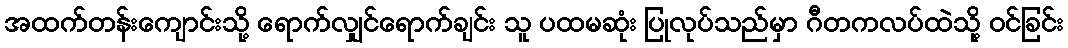
အထက်တန်းကျောင်းသို့ ရောက်လျှင်ရောက်ချင်း သူ ပထမဆုံး ပြုလုပ်သည်မှာ ဂီတကလပ်ထဲသို့ ဝင်ခြင်း